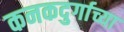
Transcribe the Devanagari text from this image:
कनकदुर्गाच्या